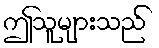
ဤသူများသည်